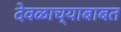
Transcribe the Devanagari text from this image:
देवळाच्याबाबत